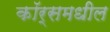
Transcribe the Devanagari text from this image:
कॉर्समधील